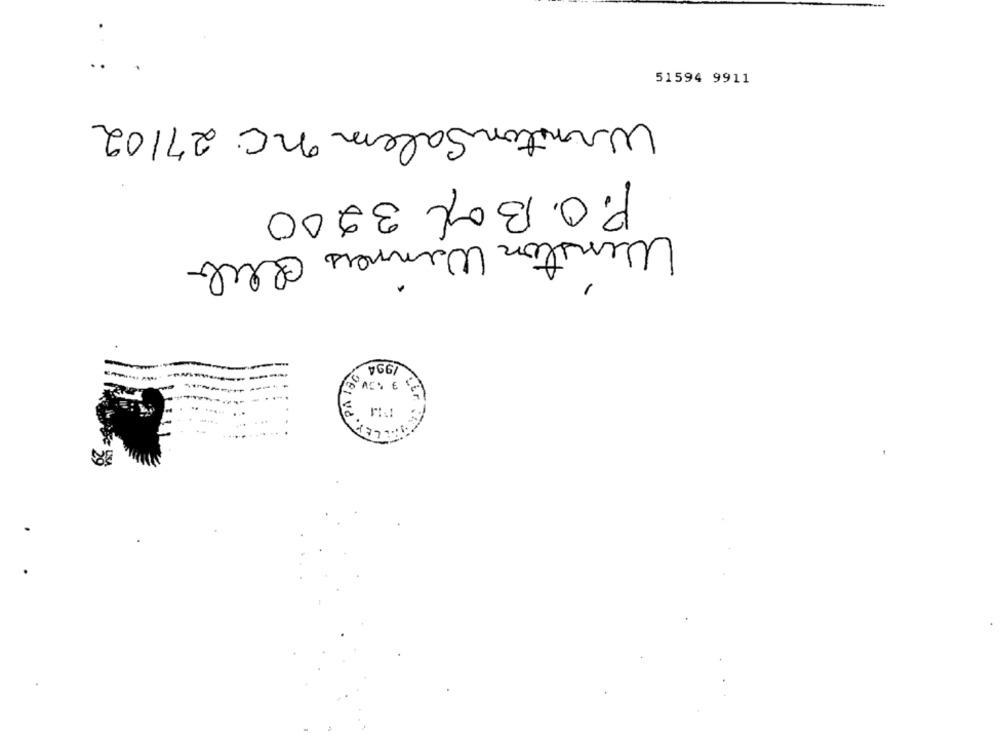
51594 9911
WinstonSalem nc. 27/02
P. O. Box 3200
Winston Winners Glib
2 1994